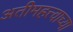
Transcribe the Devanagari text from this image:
अतीमहत्त्वाच्या